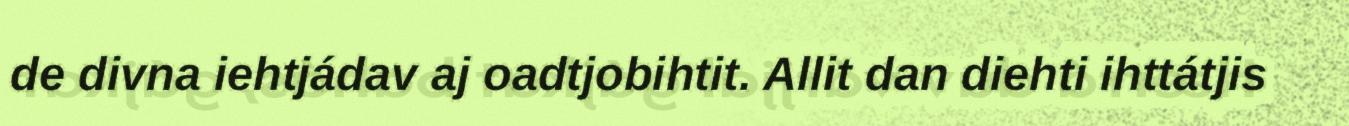
de divna iehtjádav aj oadtjobihtit. Allit dan diehti ihttátjis